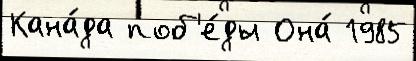
Кана́да поб'е́ды Она́ 1985